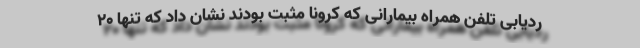
ردیابی تلفن همراه بیمارانی که کرونا مثبت بودند نشان داد که تنها ۲۰